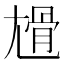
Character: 尳